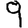
Digit: 9